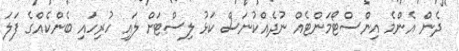
ދެން އެންމެ އިންސްޓޯމަންޓެއް ނުދެއްކުނަސް ކަޅު ލިސްޓަށް ލައި ހުރިހައި ބެންކެއްގެ ފަލަ